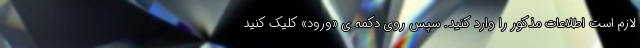
لازم است اطلاعات مذکور را وارد کنید. سپس روی دکمه ی «ورود» کلیک کنید